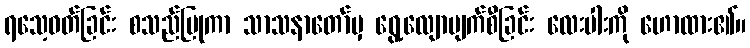
ရသေ့ဝတ်ခြင်း စသည်ပြုကာ သာသနာတော်မှ ရွေ့လျောပျက်စီခြင်း လေးပါးကို ဟောထား၏။